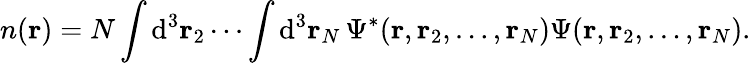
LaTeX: n(\mathbf{r})=N\int{\mathrm{d}}^{3}\mathbf{r}_{2}\cdots\int{\mathrm{d}}^{3}\mathbf{r}_{N}\, \Psi^{*}(\mathbf{r},\mathbf{r}_{2},\dots,\mathbf{r}_{N})\Psi(\mathbf{r},\mathbf{r}_{2},\dots,\mathbf{r}_{N}).